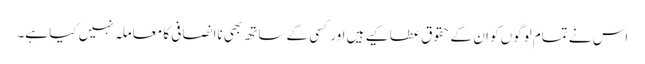
اس نے تمام لوگوں کو ان کے حقوق عطا کیے ہیں اور کسی کے ساتھ بھی ناانصافی کا معاملہ نہیں کیا ہے۔